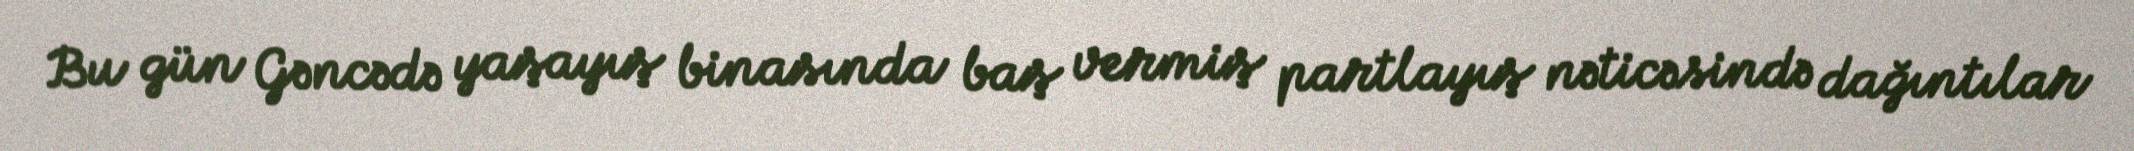
Bu gün Gəncədə yaşayış binasında baş vermiş partlayış nəticəsində dağıntılar